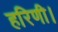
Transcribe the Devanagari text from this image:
हरिणी।